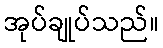
အုပ်ချုပ်သည်။